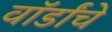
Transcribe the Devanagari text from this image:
वॉर्डांचे